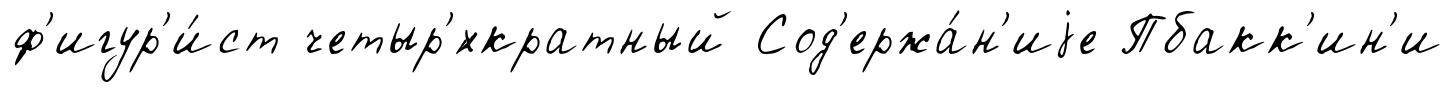
ф'игур'и́ст четыр'́хкратный Сод'ержа́н'иjе Пбакк'ин'и